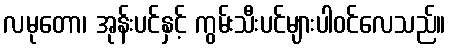
လမုတော၊ အုန်းပင်နှင့် ကွမ်းသီးပင်များပါဝင်လေသည်။